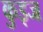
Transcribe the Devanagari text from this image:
कुइज